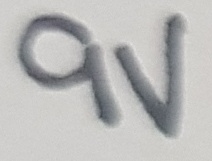
Text: 9V